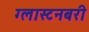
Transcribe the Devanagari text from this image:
ग्लास्टनबरी